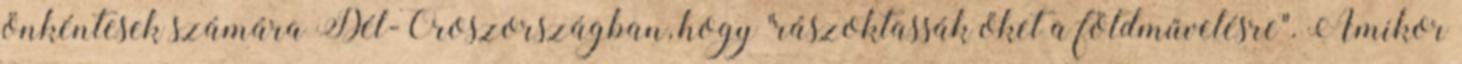
önkéntesek számára Dél-Oroszországban, hogy "rászoktassák őket a földművelésre". Amikor